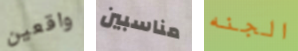
واقعين مناسبين الجنه